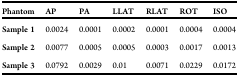
<table><thead><tr><td><b>Phantom</b></td><td><b>AP</b></td><td><b>PA</b></td><td><b>LLAT</b></td><td><b>RLAT</b></td><td><b>ROT</b></td><td><b>ISO</b></td></tr></thead><tbody><tr><td><b>Sample 1</b></td><td>0.0024</td><td>0.0001</td><td>0.0002</td><td>0.0001</td><td>0.0004</td><td>0.0004</td></tr><tr><td><b>Sample 2</b></td><td>0.0077</td><td>0.0005</td><td>0.0005</td><td>0.0003</td><td>0.0017</td><td>0.0013</td></tr><tr><td><b>Sample 3</b></td><td>0.0792</td><td>0.0029</td><td>0.01</td><td>0.0071</td><td>0.0229</td><td>0.0172</td></tr></tbody></table>